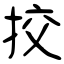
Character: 挍